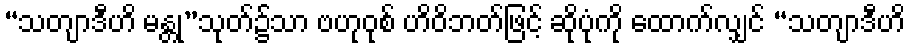
“သတျာဒီဟိ မန္တု”သုတ်၌သာ ဗဟုဝုစ် ဟိဝိဘတ်ဖြင့် ဆိုပုံကို ထောက်လျှင် “သတျာဒီဟိ